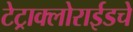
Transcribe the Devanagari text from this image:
टेट्राक्लोराईडचे